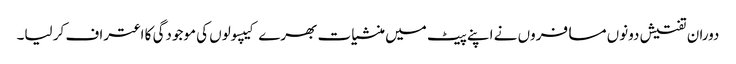
دوران تفتیش دونوں مسافروں نے اپنے پیٹ میں منشیات بھرے کیپسولوں کی موجودگی کا اعتراف کر لیا۔